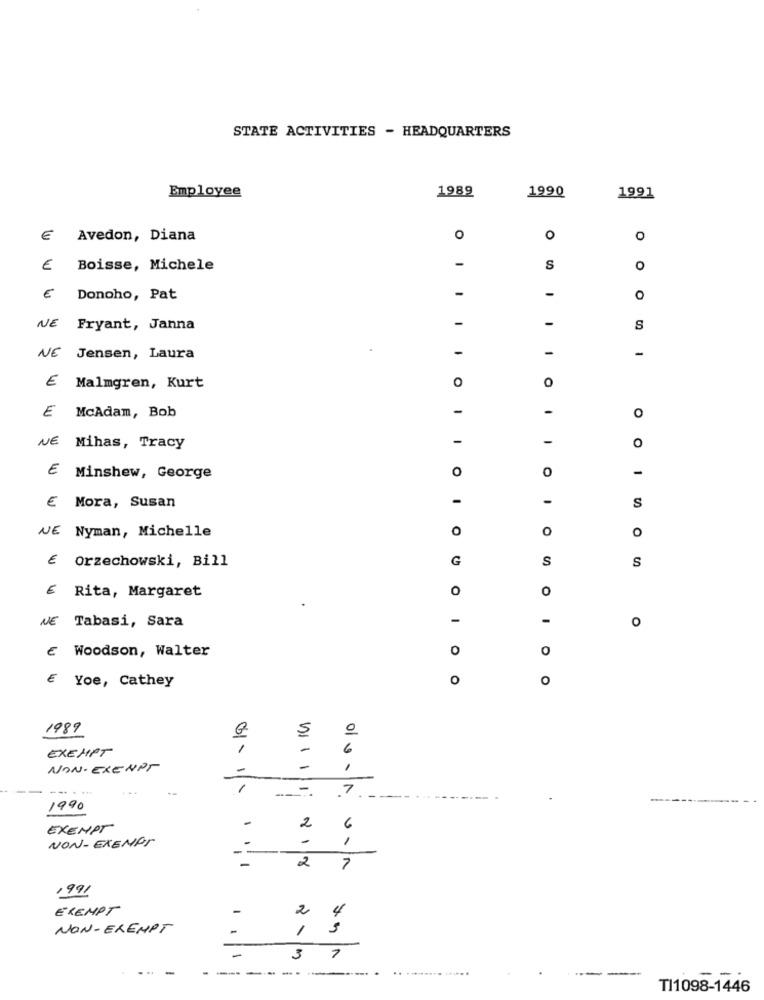
STATE ACTIVITIES - HEADQUARTERS
Employee
1989
1990
1991
€ Avedon, Diana
0
O
O
€ Boisse, Michele
-
S
O
€ Donoho, Pat
-
-
o
-
-
WE Fryant, Janna
S
-
-
-
NE Jensen, Laura
€
0
0
Malmgren, Kurt
-
-
O
E McAdam, Bob
-
-
NE Mihas, Tracy
O
O
0
-
E Minshew, George
€ Mora, Susan
-
-
S
NE Nyman, Michelle
O
O
0
€
Orzechowski, Bill
G
S
S
E Rita, Margaret
0
O
NE Tabasi, Sara
-
-
0
E Woodson, Walter
0
0
€ Yoe, Cathey
O
O
1989
5
EXEMPT
1
-
6
NON- EXEMPT
-
-
1
.7
1990
-
EXEMPT
2
6
NON-EXEMPT
-
81
2
1
1991
EXEMPT
-
2
4
NON-EXEMPT
-
1
-
3
-
-
.......... ....
-
TI1098-1446